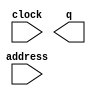
// megafunction wizard: %ROM: 1-PORT%VBB%
// GENERATION: STANDARD
// VERSION: WM1.0
// MODULE: altsyncram 

// ============================================================
// Megafunction Name(s):
// 			altsyncram
//
// Simulation Library Files(s):
// 			altera_mf
// ============================================================
// ************************************************************
// THIS IS A WIZARD-GENERATED FILE. DO NOT EDIT THIS FILE!
//
// 13.0.1 Build 232 06/12/2013 SP 1 SJ Web Edition
// ************************************************************

//Copyright (C) 1991-2013 Altera Corporation
//Your use of Altera Corporation's design tools, logic functions 
//and other software and tools, and its AMPP partner logic 
//functions, and any output files from any of the foregoing 
//(including device programming or simulation files), and any 
//associated documentation or information are expressly subject 
//to the terms and conditions of the Altera Program License 
//Subscription Agreement, Altera MegaCore Function License 
//Agreement, or other applicable license agreement, including, 
//without limitation, that your use is for the sole purpose of 
//programming logic devices manufactured by Altera and sold by 
//Altera or its authorized distributors.  Please refer to the 
//applicable agreement for further details.

module rom2 (
	address,
	clock,
	q);

	input	[7:0]  address;
	input	  clock;
	output	[31:0]  q;
`ifndef ALTERA_RESERVED_QIS
// synopsys translate_off
`endif
	tri1	  clock;
`ifndef ALTERA_RESERVED_QIS
// synopsys translate_on
`endif

endmodule

// ============================================================
// CNX file retrieval info
// ============================================================
// Retrieval info: PRIVATE: ADDRESSSTALL_A NUMERIC "0"
// Retrieval info: PRIVATE: AclrAddr NUMERIC "0"
// Retrieval info: PRIVATE: AclrByte NUMERIC "0"
// Retrieval info: PRIVATE: AclrOutput NUMERIC "0"
// Retrieval info: PRIVATE: BYTE_ENABLE NUMERIC "0"
// Retrieval info: PRIVATE: BYTE_SIZE NUMERIC "8"
// Retrieval info: PRIVATE: BlankMemory NUMERIC "0"
// Retrieval info: PRIVATE: CLOCK_ENABLE_INPUT_A NUMERIC "0"
// Retrieval info: PRIVATE: CLOCK_ENABLE_OUTPUT_A NUMERIC "0"
// Retrieval info: PRIVATE: Clken NUMERIC "0"
// Retrieval info: PRIVATE: IMPLEMENT_IN_LES NUMERIC "0"
// Retrieval info: PRIVATE: INIT_FILE_LAYOUT STRING "PORT_A"
// Retrieval info: PRIVATE: INIT_TO_SIM_X NUMERIC "0"
// Retrieval info: PRIVATE: INTENDED_DEVICE_FAMILY STRING "Cyclone IV E"
// Retrieval info: PRIVATE: JTAG_ENABLED NUMERIC "0"
// Retrieval info: PRIVATE: JTAG_ID STRING "NONE"
// Retrieval info: PRIVATE: MAXIMUM_DEPTH NUMERIC "0"
// Retrieval info: PRIVATE: MIFfilename STRING "blink.mif"
// Retrieval info: PRIVATE: NUMWORDS_A NUMERIC "256"
// Retrieval info: PRIVATE: RAM_BLOCK_TYPE NUMERIC "2"
// Retrieval info: PRIVATE: RegAddr NUMERIC "1"
// Retrieval info: PRIVATE: RegOutput NUMERIC "1"
// Retrieval info: PRIVATE: SYNTH_WRAPPER_GEN_POSTFIX STRING "0"
// Retrieval info: PRIVATE: SingleClock NUMERIC "1"
// Retrieval info: PRIVATE: UseDQRAM NUMERIC "0"
// Retrieval info: PRIVATE: WidthAddr NUMERIC "8"
// Retrieval info: PRIVATE: WidthData NUMERIC "32"
// Retrieval info: PRIVATE: rden NUMERIC "0"
// Retrieval info: LIBRARY: altera_mf altera_mf.altera_mf_components.all
// Retrieval info: CONSTANT: ADDRESS_ACLR_A STRING "NONE"
// Retrieval info: CONSTANT: CLOCK_ENABLE_INPUT_A STRING "BYPASS"
// Retrieval info: CONSTANT: CLOCK_ENABLE_OUTPUT_A STRING "BYPASS"
// Retrieval info: CONSTANT: INIT_FILE STRING "blink.mif"
// Retrieval info: CONSTANT: INTENDED_DEVICE_FAMILY STRING "Cyclone IV E"
// Retrieval info: CONSTANT: LPM_HINT STRING "ENABLE_RUNTIME_MOD=NO"
// Retrieval info: CONSTANT: LPM_TYPE STRING "altsyncram"
// Retrieval info: CONSTANT: NUMWORDS_A NUMERIC "256"
// Retrieval info: CONSTANT: OPERATION_MODE STRING "ROM"
// Retrieval info: CONSTANT: OUTDATA_ACLR_A STRING "NONE"
// Retrieval info: CONSTANT: OUTDATA_REG_A STRING "CLOCK0"
// Retrieval info: CONSTANT: RAM_BLOCK_TYPE STRING "M9K"
// Retrieval info: CONSTANT: WIDTHAD_A NUMERIC "8"
// Retrieval info: CONSTANT: WIDTH_A NUMERIC "32"
// Retrieval info: CONSTANT: WIDTH_BYTEENA_A NUMERIC "1"
// Retrieval info: USED_PORT: address 0 0 8 0 INPUT NODEFVAL "address[7..0]"
// Retrieval info: USED_PORT: clock 0 0 0 0 INPUT VCC "clock"
// Retrieval info: USED_PORT: q 0 0 32 0 OUTPUT NODEFVAL "q[31..0]"
// Retrieval info: CONNECT: @address_a 0 0 8 0 address 0 0 8 0
// Retrieval info: CONNECT: @clock0 0 0 0 0 clock 0 0 0 0
// Retrieval info: CONNECT: q 0 0 32 0 @q_a 0 0 32 0
// Retrieval info: GEN_FILE: TYPE_NORMAL rom2.v TRUE
// Retrieval info: GEN_FILE: TYPE_NORMAL rom2.inc FALSE
// Retrieval info: GEN_FILE: TYPE_NORMAL rom2.cmp FALSE
// Retrieval info: GEN_FILE: TYPE_NORMAL rom2.bsf FALSE
// Retrieval info: GEN_FILE: TYPE_NORMAL rom2_inst.v FALSE
// Retrieval info: GEN_FILE: TYPE_NORMAL rom2_bb.v TRUE
// Retrieval info: LIB_FILE: altera_mf